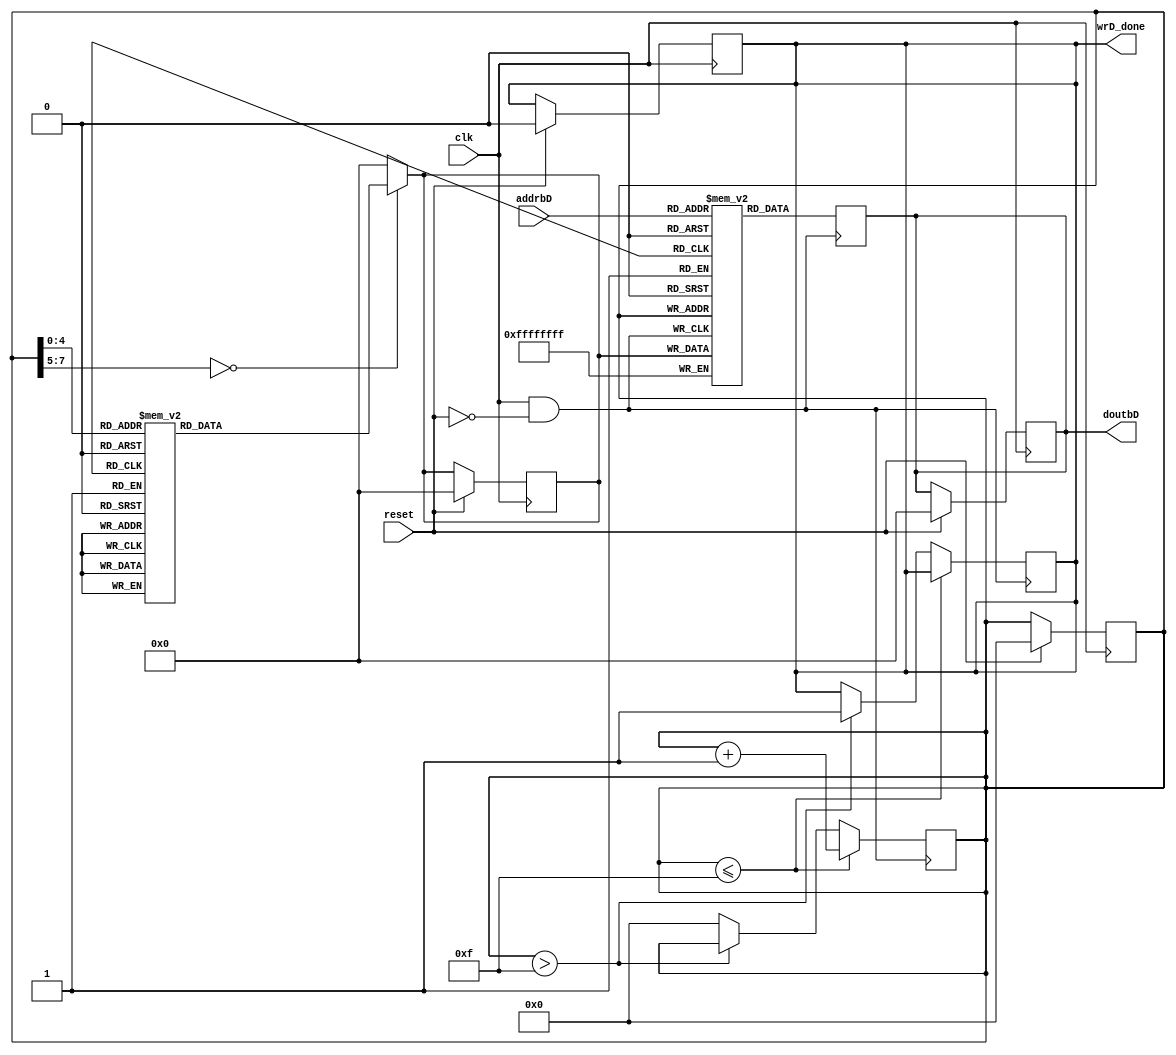
module defD(reset,clk,addrbD,doutbD,wrD_done);


 parameter N=2,P=4,M=3,R=5;

   input clk ;
reg  enaD=1,enbD=1,weaD=1 ;

wire clkaD, clkbD;
reg [7:0]addraD=0;
input [7:0]addrbD=0;
reg [31:0] dinaD=0;
output reg [31:0] doutbD=0;
output reg wrD_done=0 ; 
input  reset ;
    
    
    
        
   assign  clkaD=clk,clkbD=clk ;
    
//My BramD
reg [31:0]MEM_D[0:255] ;

always@(posedge clkaD&weaD&enaD&(~reset)) begin
MEM_D[addraD] <= dinaD ;
end

always@(posedge clkbD&enbD&(~reset)) begin
doutbD <= MEM_D[addrbD] ;
end
 // MY bram D end
    
 
// vaule input in D
always@(posedge clkaD&weaD&(~reset)) begin
   if(addraD<= M*R) begin
    
      addraD <= addraD +1 ;
      
   end // if (addraD< M*R)
   else if(addraD > M*R) 
     wrD_done <= 1 ;
   else
     addraD <= 0;
end // always@ (posedge clka&weaA)

always@(addraD) begin
  case(addraD)
  0 : dinaD=0;
  1 : dinaD=15;
  2 : dinaD=25;
  3 : dinaD=35;
  4 : dinaD=45;
  5 : dinaD=55;
  6 : dinaD=65;
  7 : dinaD=75;
  8 : dinaD=85;
  9 : dinaD=95;
    10 : dinaD=105;
    11 : dinaD=115;
    12 : dinaD=125;
    13 : dinaD=135;
    14 : dinaD=145;
    15 : dinaD=155;
    16 : dinaD=165;
  default : dinaD=0;
    endcase // case (addraA)
end

// ---------------------------Resetting system---   
   always@(posedge clk) begin 
    if(reset==1) begin
    addraD=0;
//    addrbD=1;  input of this module, need to be resetted in main module
      dinaD=0;
    
    wrD_done=0;
    
    doutbD=0;
    
        
    
   /* MEM_A[0]=0;
    MEM_A[1]=0;
        MEM_A[2]=0;
        MEM_A[3]=0;
            MEM_A[4]=0;
            MEM_A[5]=0;
                MEM_A[6]=0;
                MEM_A[7]=0;
                    MEM_A[8]=0;
                    MEM_A[9]=0;
                        MEM_A[10]=0;
                */                
    end
   end
 

    
endmodule